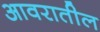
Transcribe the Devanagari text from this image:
आवरातील